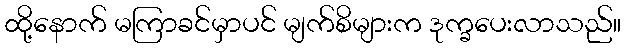
ထို့နောက် မကြာခင်မှာပင် မျက်စိများက ဒုက္ခပေးလာသည်။